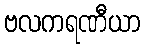
ဗလကရဏီယာ